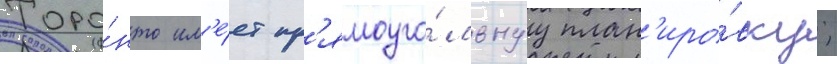
Торо́нто им'е́ет пр'ямоуго́льнуу план'иро́вку;